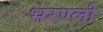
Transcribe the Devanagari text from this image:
भरण्ली